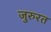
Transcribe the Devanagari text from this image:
जुरुरत